Annual report on the working of the mental hospitals in the Madras Presidency - 1912-1932
Year: 1912
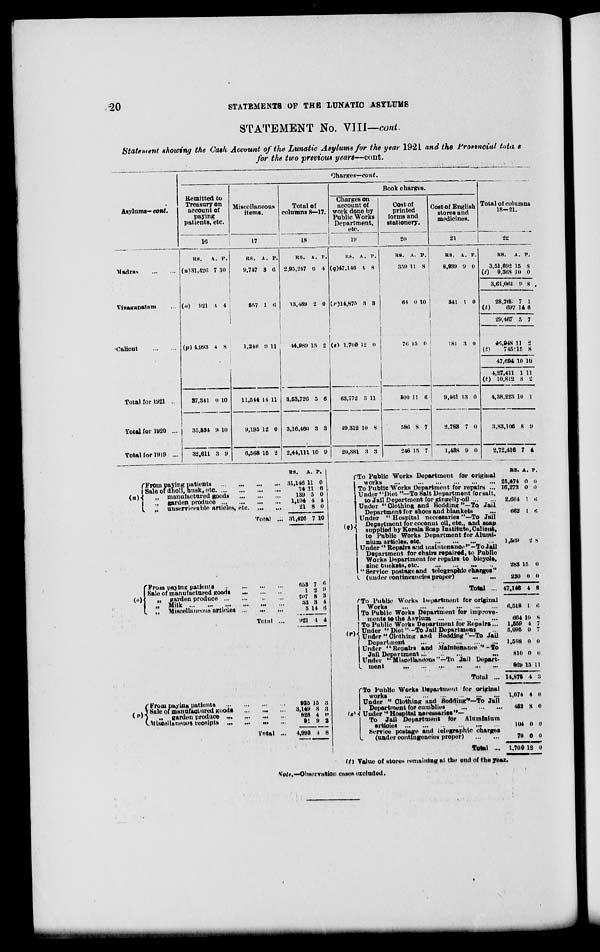
20
STATEMENTS OF THE LUNATIC ASYLUMS
STATEMENT No. VIII—cont.
Statement showing the Cash Account of the Lunatic Asylums for the year 1921 and the Provincial totals
for the two previous years—cont.
Asylums—cont.
Madras ... ...
Vizagapatam ...
Calicut
...
...
Total for 1921 ..
Total for 1920 ...
Total for 1919 ...
Charges—cont.
Remitted to
Treasury on
account of
paying
patients, etc.
16
RS.
(n)31,426
(o)
921
(p) 4,993
37,341
35,534
32,611
A.
7
4
4
0
9
3
P.
10
4
8
10
10
9
Miscellaneous
items.
17
RS.
9,747
557
1,240
11,544
9,195
6,568
A.
3
1
9
14
12
15
P.
6
6
11
11
0
2
Total of
columns 8—17.
18
RS.
2,95,247
13,489
44,989
3,53,726
3,16,460
2,44,111
A.
6
2
13
5
3
10
P.
4
0
2
6
3
9
Book charges.
Charges on
account of
work done by
Public Works
Department,
etc.
19
RS.
(q)47,148
(r)14,875
(s) 1,700
63,772
49,312
20,381
A.
4
3
12
3
10
3
P.
8
3
0
11
8
3
Cost of
printed
forms and
stationery.
20
RS.
359
84
75
500
586
246
A.
11
0
15
11
8
15
P.
8
10
0
6
7
7
Cost of English
stores and
medicines.
21
RS.
8,939
341
181
9,461
2,783
1,438
A.
9
1
3
13
7
9
P.
0
0
0
0
0
0
Total of columns
18-21.
22
RS.
3,51,692
(t)
9,368
3,61,061
28,769
(t)
697
29,467
46,948
(t)
745
47,694
4,27,411
(t)
10,812
4,38,223
3,83,106
2,72,416
A.
15
10
9
7
16
5
11
15
10
1
8
10
8
7
P.
8
0
8
1
6
7
2
8
10
11
2
1
9
4
(n)
From paying patients
...
...
...
...
Sale of dholl, husk, etc.
...
...
„ manufactured goods
...
...
...
„ garden produce
...
...
...
„ unserviceable articles, etc. ...
Total ...
(o)
From paying patients
...
...
...
...
Sale of manufactured goods ... ... ...
„ garden produce
...
...
...
...
„
Milk
...
...
...
...
...
...
...
„
Miscellaneous articles ... ... ...
Total ...
(n)
From paying patients
...
...
...
...
Sale of manufactured goods ... ... ...
„ garden produce
...
...
...
...
Miscellaneous receipts ... ... ... ...
Total ...
RS.
31,146
14
139
1,104
21
31,426
653
1
207
53
5
921
925
3,149
826
92
4,993
A.
11
11 5
4
8
7
7
2
8
3
14
4
15
8
4
9
4
P.
0
6
0
4
0
10
6
9
3
4
6
4
3
3
0
2
8
To Public works Department for original
works ... ... ... ... ... ...
To Public Works Department for repairs ...
Under "Diet "—To Salt Department for salt,
to Jail Department for gingelly-oil ... ...
Under "Clothing and Hedding"—To Jail
Department for shoes and blankets ...
Under '' Hospital necessaries "—To Jail
Department for coconut oil, etc., and soap
supplied by Kerala Soap Institute, Calicut,
to Public Works Department for Alumi¬
nium articles, etc. ...
...
...
...
Under '' Repairs and maintenance"—To Jail
Department for chairs repaired, to Public
Works Department for repairs to bicycle,
sinc buckets, etc. ... ... ... ...
''Service postage and telegraphic charges"
(under contingencies proper)
Total ...
(r)
To Public Works Department for original
Works
...
...
...
...
...
...
To Public Works Department for improve¬
ments to the Asylum ... ... ... ... ...
To Public Works Department for Repairs...
Under " Diet "—To Jail Department
Under " Clothing and Bedding "—To Jail
Department
...
... ... ... ... ...
Under '' Repairs and Maintenance "—To
Jail Department ... ... ... ...
Under "Miscellaneous— "To Jail Depart¬
ment
...
...
...
...
...
...
Total ...
(s)
To Public Works Department for original
works
...
...
...
...
...
...
Under " Clothing and Bedding''—To Jail
Department for cumblies
...
...
...
Under '' Hospital necessaries"—
To Jail Department for Aluminium
articles... ... ... ... ... ...
Service postage and telegraphic Charges
(under contingencies proper) ... ...
Total ..
(t) Value of stores remaining at the end of the year.
RS.
25,474
16,273
2,664
662
1,569
283
220
47,146
6,518
664
1,559
5,095
1,598
810
869
14,875
1,074
452
104
70
1,700
A.
0
1
1
2
15
0
4
1
10
4
0
0
0
15
4
4
8
0
0
12
P.
0
6
6
8
0
0
8
6
8
7
7
0
0
11
3
0
0
0
0
0
Note.—Observation cases excluded.